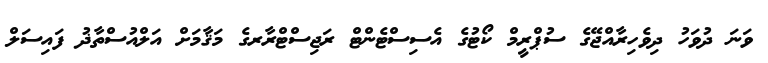
ވަނަ ދުވަހު ދިވެހިރާއްޖޭގެ ސުޕްރީމް ކޯޓުގެ އެސިސްޓެންޓް ރަޖިސްޓްރާރގެ މަޤާމަށް އަލްއުސްތާޛު ފައިސަލް